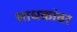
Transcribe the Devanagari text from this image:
साधकांवर